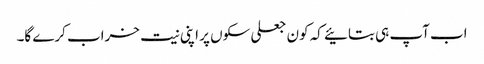
اب آپ ہی بتائیے کہ کون جعلی سکوں پر اپنی نیت خراب کرے گا۔